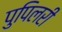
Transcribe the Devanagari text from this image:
पुपिलरी